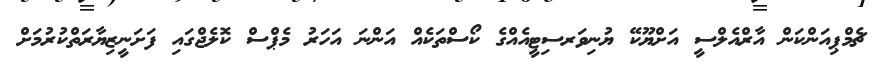
ޗެމްޕިއަންކަން އާރްއެލްސީ އަށްޔޫކޭ ޔުނިވަރސިޓީއެއްގެ ކޯސްތަކެއް އަންނަ އަހަރު މެޕްސް ކޮލެޖްގައި ފަށަނީޒިޔާރަތްކުރުމަށް